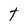
Character: t